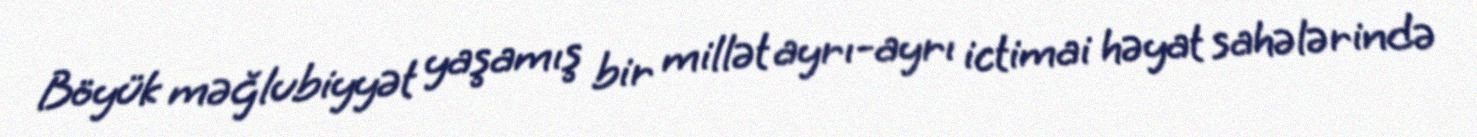
Böyük məğlubiyyət yaşamış bir millət ayrı-ayrı ictimai həyat sahələrində